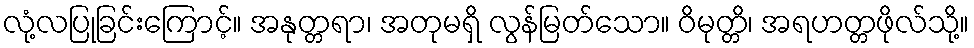
လုံ့လပြုခြင်းကြောင့်။ အနုတ္တရာ၊ အတုမရှိ လွန်မြတ်သော။ ဝိမုတ္တိ၊ အရဟတ္တဖိုလ်သို့။